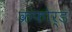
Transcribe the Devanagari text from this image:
क्रफोर्ड